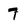
Character: 7